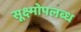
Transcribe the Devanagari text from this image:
सूक्ष्मोपलब्ध